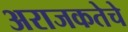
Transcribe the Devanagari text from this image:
अराजकतेचे